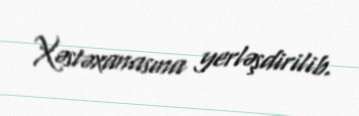
Xəstəxanasına yerləşdirilib.